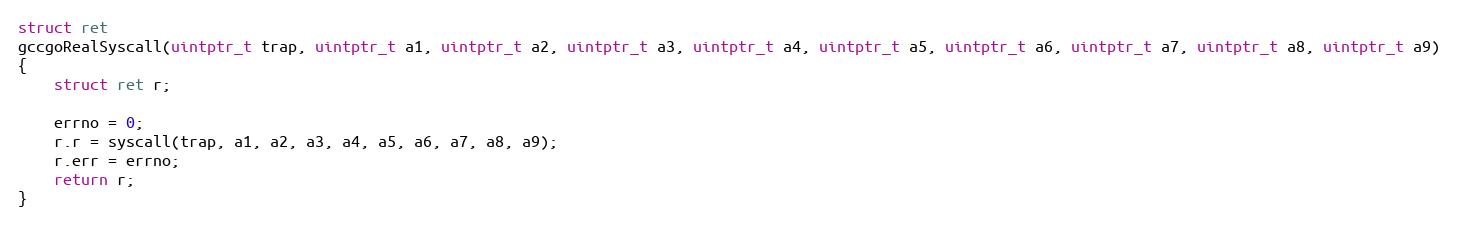
Language: C
struct ret
gccgoRealSyscall(uintptr_t trap, uintptr_t a1, uintptr_t a2, uintptr_t a3, uintptr_t a4, uintptr_t a5, uintptr_t a6, uintptr_t a7, uintptr_t a8, uintptr_t a9)
{
	struct ret r;

	errno = 0;
	r.r = syscall(trap, a1, a2, a3, a4, a5, a6, a7, a8, a9);
	r.err = errno;
	return r;
}